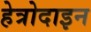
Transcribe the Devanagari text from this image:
हेत्रोदाइन